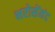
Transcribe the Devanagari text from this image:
भरोसेंमंद